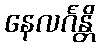
နေလင်္ဂန္တိ